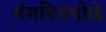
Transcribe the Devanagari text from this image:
गंगरिनपोछे